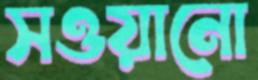
সওয়ানো